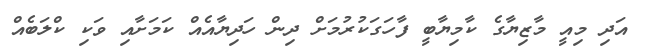
އަދި މިއީ މާޒިޔާގެ ކާމިޔާބީ ފާހަގަކުރުމަށް ދިން ހަދިޔާއެއް ކަމަށާއި ވަކި ކްލަބެއް